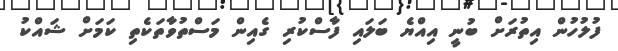
ފުލުހުން އިތުރަށް ބުނީ އިއްޔެ ބަލައި ފާސްކުރި ގެއިން މަސްތުވާތަކެތި ކަމަށް ޝައްކު